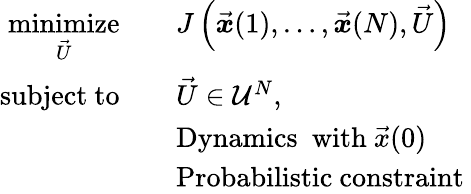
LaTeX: \begin{array}{rl}{\underset{\vec{U}}{\mathrm{minimize}}\quad}&{J\left(\vec{\boldsymbol{x}}(1),\ldots,\vec{\boldsymbol{x}}(N),\vec{U}\right)}\\ {\mathrm{subject\ to}\quad}&{\vec{U}\in\mathcal{U}^{N},}\\ &{\mathrm{Dynamics~}\mathrm{~with~}\vec{x}(0)}\\ &{\mathrm{Probabilistic~constraint~}}\end{array}